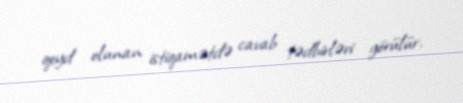
qeyd olunan istiqamətdə cavab tədbirləri görülür.